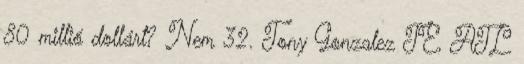
80 millió dollárt? Nem 32. Tony Gonzalez TE, ATL